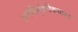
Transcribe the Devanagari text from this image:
अवंतिसुंदरीकथासार